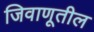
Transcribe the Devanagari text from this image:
जिवाणूतील